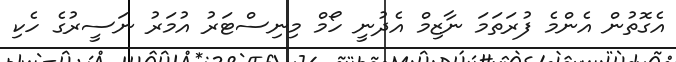
އެގޮތުން އެންމެ ފުރަތަމަ ނާޒިމް އެދުނީ ހޯމް މިނިސްޓަރު އުމަރު ނަސީރުގެ ހެކި